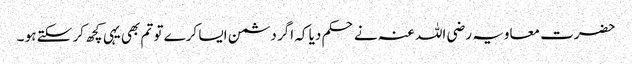
حضرت معاویہ رضی اللہ عنہ نے حکم دیا کہ اگر دشمن ایسا کرے تو تم بھی یہی کچھ کر سکتے ہو ۔